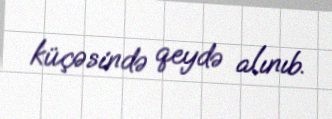
küçəsində qeydə alınıb.